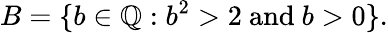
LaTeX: B=\{ b\in\mathbb{Q}:b^{2}>2{\mathrm{~and~}}b>0\} .